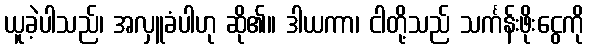
ယူခဲ့ပါသည်၊ အလှူခံပါဟု ဆို၏။ ဒါယကာ၊ ငါတို့သည် သင်္ကန်းဖိုးငွေကို